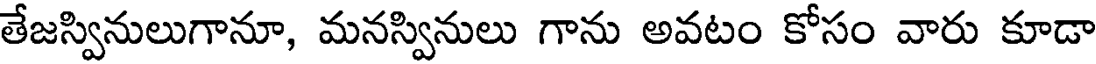
తేజస్వినులుగానూ, మనస్వినులు గాను అవటం కోసం వారు కూడా